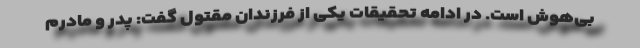
بی‌هوش است. در ادامه تحقیقات یکی از فرزندان مقتول گفت: پدر و مادرم